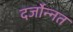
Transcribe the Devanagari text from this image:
दर्जोन्नत